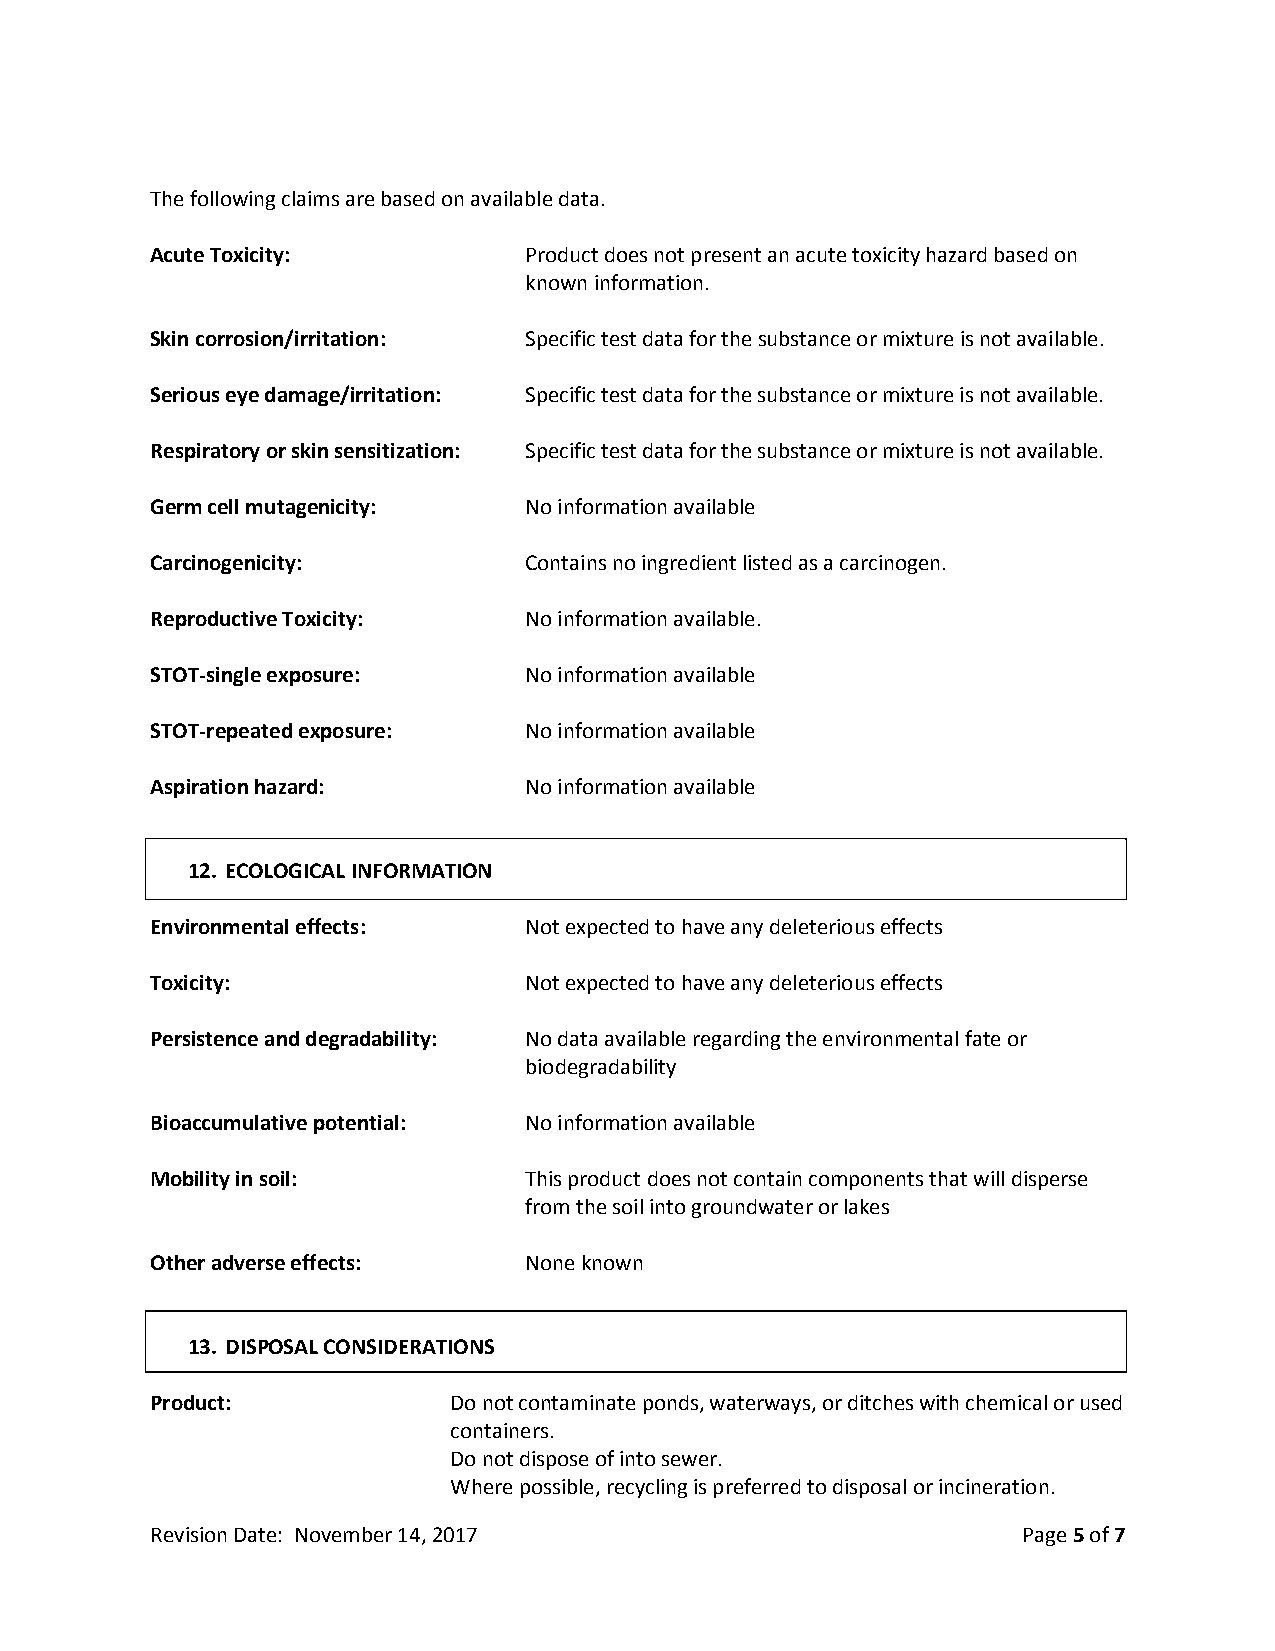
The following claims are based on available data.
 Acute Toxicity:          Product does not present an acute toxicity hazard based on
 known information.
 Skin corrosion/irritation: Specific test data for the substance or mixture is not available.
 Serious eye damage/irritation: Specific test data for the substance or mixture is not available.
 Respiratory or skin sensitization: Specific test data for the substance or mixture is not available.
 Germ cell mutagenicity:  No information available
 Carcinogenicity:         Contains no ingredient listed as a carcinogen.
 Reproductive Toxicity:   No information available.
 STOT-single exposure:    No information available
 STOT-repeated exposure:  No information available
 Aspiration hazard:       No information available
 12. ECOLOGICAL INFORMATION
 Environmental effects:   Not expected to have any deleterious effects
 Toxicity:                Not expected to have any deleterious effects
 Persistence and degradability: No data available regarding the environmental fate or
 biodegradability
 Bioaccumulative potential: No information available
 Mobility in soil:        This product does not contain components that will disperse
 from the soil into groundwater or lakes
 Other adverse effects:   None known
 13. DISPOSAL CONSIDERATIONS
 Product:            Do not contaminate ponds, waterways, or ditches with chemical or used
 containers.
 Do not dispose of into sewer.
 Where possible, recycling is preferred to disposal or incineration.
 Revision Date: November 14, 2017                          Page 5 of 7